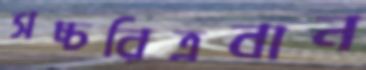
সচ্চরিত্রবান